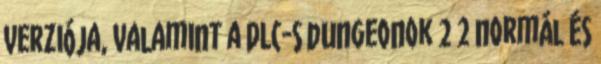
verziója, valamint a DLC-s dungeonok 2 2 normál és